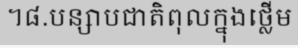
។៨.បន្សាបជាតិពុលក្នុងថ្លើម